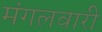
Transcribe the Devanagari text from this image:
मंगलवारी